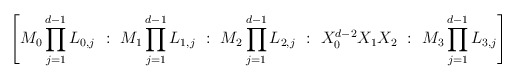
\begin{align*}\left[M_0 \prod_{j=1}^{d-1} L_{0,j} \,\,:\,\, M_1 \prod_{j=1}^{d-1} L_{1,j} \,\,:\,\, M_2 \prod_{j=1}^{d-1} L_{2,j} \,\,:\,\, X_0^{d-2} X_1 X_2 \,\,:\,\, M_3 \prod_{j=1}^{d-1} L_{3,j}\right]\end{align*}